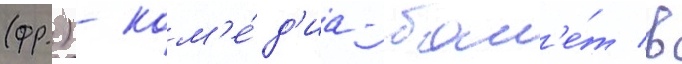
(фр.) - ком'е́д'иа-бал'е́т в